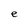
Character: e